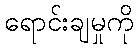
ရောင်းချမှုကို